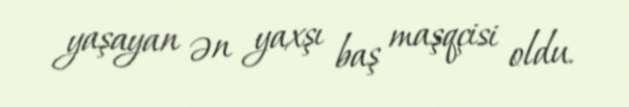
yaşayan ən yaxşı baş maşqçisi oldu.